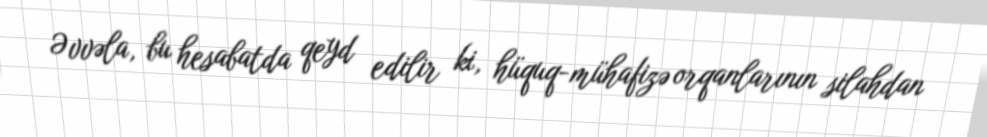
Əvvəla, bu hesabatda qeyd edilir ki, hüquq-mühafizə orqanlarının silahdan